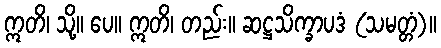
ဣတိ၊ သို့။ ပေ။ ဣတိ၊ တည်း။ ဆဋ္ဌသိက္ခာပဒံ (သမတ္တံ)။